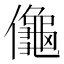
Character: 𱏜